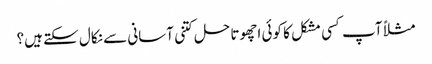
مثلاً آپ کسی مشکل کا کوئی اچھوتا حل کتنی آسانی سے نکال سکتے ہیں؟